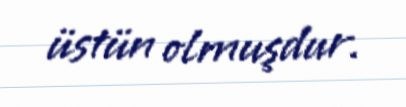
üstün olmuşdur.